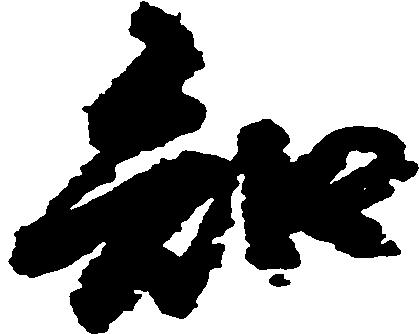
知